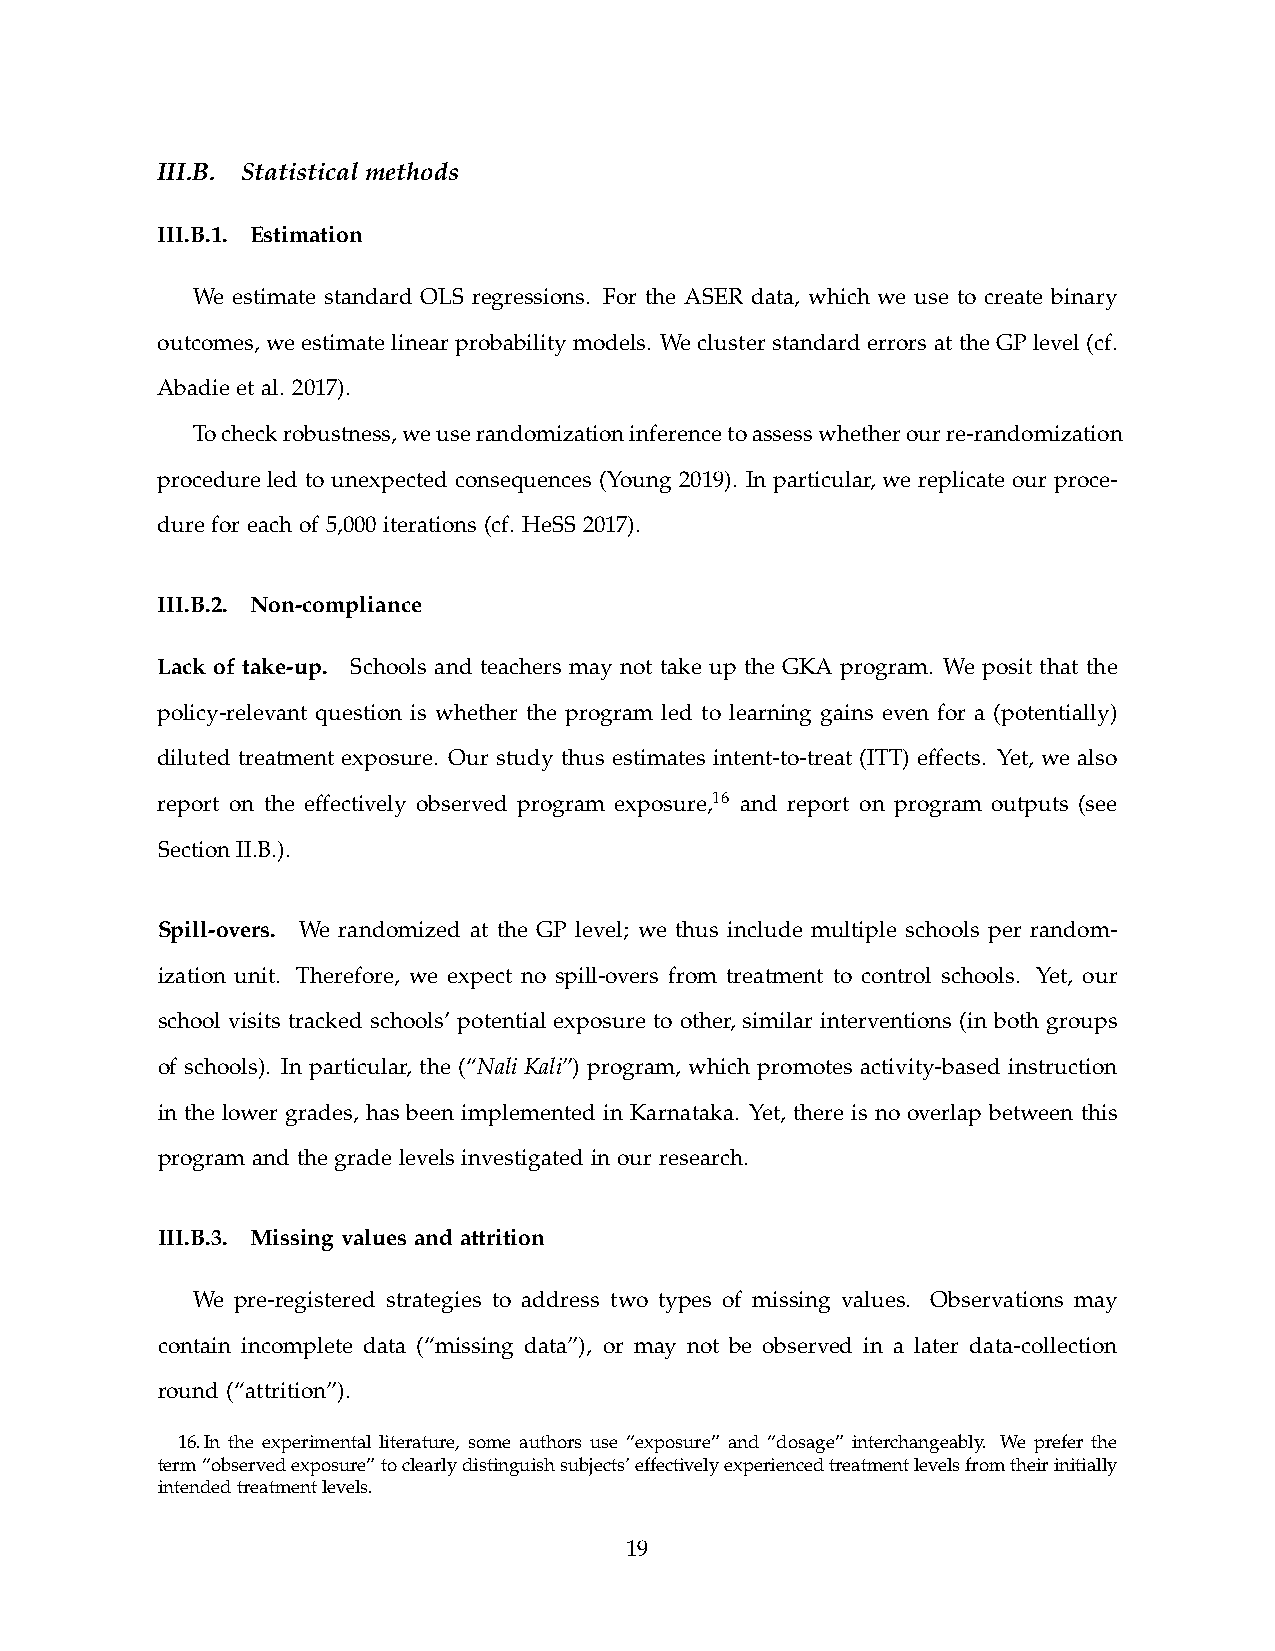
III.B. Statistical methods
 III.B.1. Estimation
 We estimate standard OLS regressions. For the ASER data, which we use to create binary
 outcomes, we estimate linear probability models. We cluster standard errors at the GP level (cf.
 Abadie et al. 2017).
 To check robustness, we use randomization inference to assess whether our re-randomization
 procedure led to unexpected consequences (Young 2019). In particular, we replicate our proce-
 dure for each of 5,000 iterations (cf. HeSS 2017).
 III.B.2. Non-compliance
 Lack of take-up. Schools and teachers may not take up the GKA program. We posit that the
 policy-relevant question is whether the program led to learning gains even for a (potentially)
 diluted treatment exposure. Our study thus estimates intent-to-treat (ITT) effects. Yet, we also
 report on the effectively observed program exposure,16 and report on program outputs (see
 Section II.B.).
 Spill-overs. We randomized at the GP level; we thus include multiple schools per random-
 ization unit. Therefore, we expect no spill-overs from treatment to control schools. Yet, our
 school visits tracked schools’ potential exposure to other, similar interventions (in both groups
 of schools). In particular, the (“Nali Kali”) program, which promotes activity-based instruction
 in the lower grades, has been implemented in Karnataka. Yet, there is no overlap between this
 program and the grade levels investigated in our research.
 III.B.3. Missing values and attrition
 We pre-registered strategies to address two types of missing values. Observations may
 contain incomplete data (“missing data”), or may not be observed in a later data-collection
 round (“attrition”).
 16. In the experimental literature, some authors use “exposure” and “dosage” interchangeably. We prefer the
 term “observed exposure” to clearly distinguish subjects’ effectively experienced treatment levels from their initially
 intended treatment levels.
 19